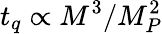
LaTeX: t_{q}\propto M^{3}/M_{P}^{2}